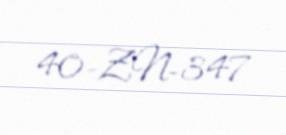
40-ZN-347